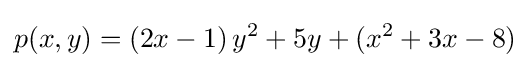
p(x,y)=(2x-1)\,y^{2}+5y+(x^{2}+3x-8)